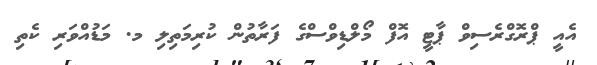
އެއީ ޕްރޮގްރެސިވް ޕާޓީ އޮފް މޯލްޑިވްސްގެ ފަރާތުން ކުރިމަތިލި މ. މަޑުއްވަރި ކެތި